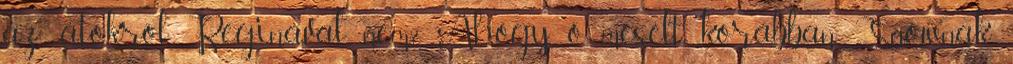
az átokról Reginával, nem? Ahogy ő mesélt korábban Snownak